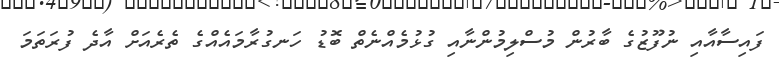
ފައިސާއާއި ނުފޫޒުގެ ބާރުން މުސްލިމުންނާއި ގުޅުމެއްނެތް ބޮޑު ހަނގުރާމައެއްގެ ތެރެއަށް އާދެ ފުރަތަމަ